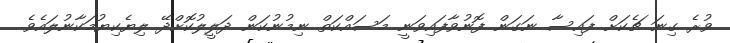
ވުރެ ގިނަ ޗެކަށް ފައިސާ ނަގަން ފޮނުވާފައިވަނީ މަސައްކަތް ނިމުނުކަން ދަލީލުކޮށްދޭ ލިޔެކިޔުމަކާނުލައެވެ.